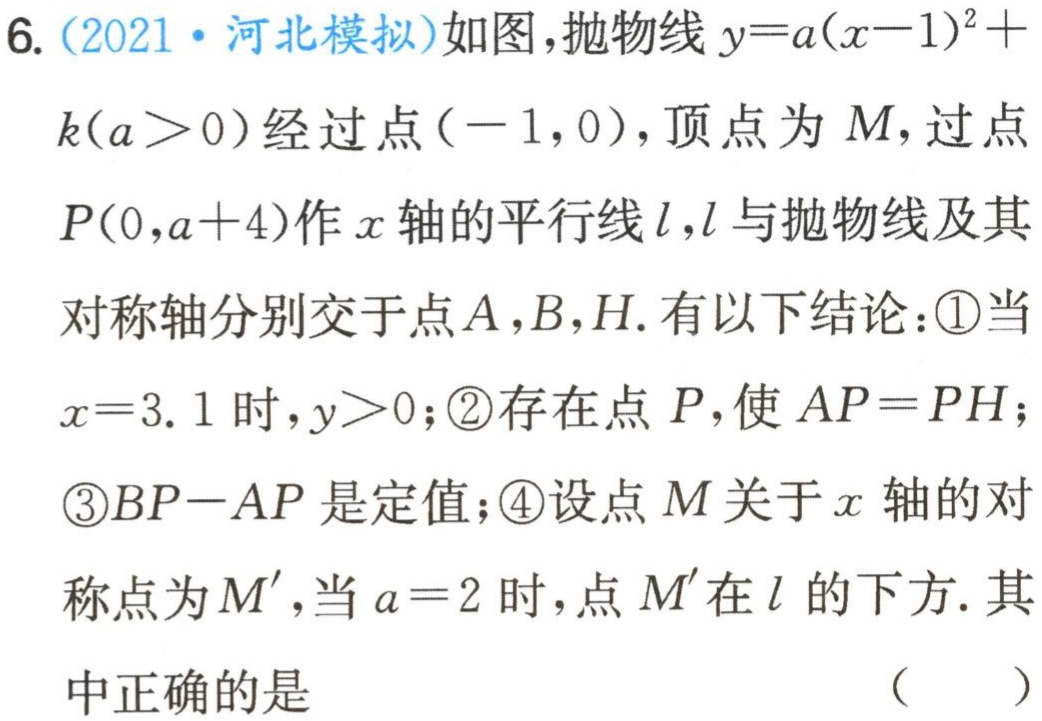
6. (2021·河北模拟)如图，抛物线\(y = a(x - 1)^2 + k(a>0)\)经过点\((-1,0)\)，顶点为\(M\)，过点\(P(0,a + 4)\)作\(x\)轴的平行线\(l\)，\(l\)与抛物线及其对称轴分别交于点\(A\)，\(B\)，\(H\). 有以下结论：\textcircled{1}当\(x = 3.1\)时，\(y>0\)；\textcircled{2}存在点\(P\)，使\(AP = PH\)；\textcircled{3}\(BP - AP\)是定值；\textcircled{4}设点\(M\)关于\(x\)轴的对称点为\(M'\)，当\(a = 2\)时，点\(M'\)在\(l\)的下方. 其中正确的是 （  ）